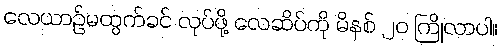
လေယာဉ်မထွက်ခင် လုပ်ဖို့ လေဆိပ်ကို မိနစ် ၂၀ ကြိုလာပါ။